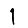
Digit: 1